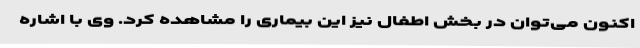
اکنون می‌توان در بخش اطفال نیز این بیماری را مشاهده کرد. وی با اشاره